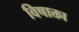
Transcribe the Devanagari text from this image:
विषाक्ता